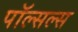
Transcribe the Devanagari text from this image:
पॉल्सल्स